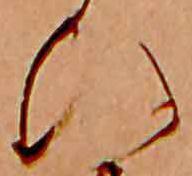
ひ